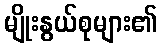
မျိုးနွယ်စုများ၏